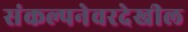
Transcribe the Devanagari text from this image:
संकल्पनेवरदेखील